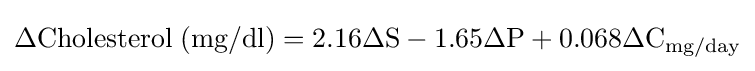
\Delta {\text{Cholesterol}}\;({\text{mg/dl}})=2.16\Delta {\text{S}}-1.65\Delta {\text{P}}+0.068\Delta {\text{C}}_{\text{mg/day}}